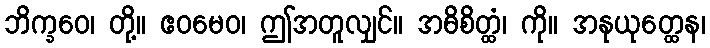
ဘိက္ခဝေ၊ တို့။ ဧဝမေဝ၊ ဤအတူလျှင်။ အဓိစိတ္ထံ၊ ကို။ အနုယုတ္ထေန၊